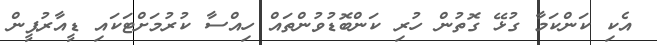
އެކި ކަންކަމާ ގުޅޭ ގޮތުން ހުރި ކަންބޮޑުވުންތައް ހިއްސާ ކުރުމަށްޓަކައި ޑީއާރުޕީން